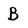
Character: B